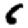
Digit: 6